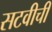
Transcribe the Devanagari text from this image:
सटवीची